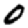
Digit: 0